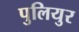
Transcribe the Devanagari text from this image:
पुलियुर